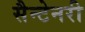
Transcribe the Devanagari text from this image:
सैन्टेनरी